system: You are a helpful assistant.
user:
Analyze the provided spectrum to determine if it is a **Carbon Star (C-type)**.

- **Key Visual Indicators of Carbon Star:**
    - **(Primary):** Strong molecular absorption from **C₂ (diatomic carbon) "Swan Bands."** This is the **defining feature** of a carbon star.
        - **(Key Bandheads):** Sharp absorption edges are visible at approximately $5635$ Å, $5165$ Å (the strongest band), and $4737$ Å.
        - **(Line Profile):** Creates a distinct **"saw-tooth"** pattern. The key morphology is a sharp, steep bandhead on the **red (long-wavelength) side**, which then gradually tapers off (i.e., flux recovers) towards the **blue (short-wavelength) side**. *(This is the direct opposite of the TiO bands seen in M-type stars)*.

    - **(Secondary):** Intense **CN (cyanogen)** molecular absorption bands.
        - **(Key Bandheads):** Located in the blue and violet regions of the spectrum (e.g., near $4215$ Å and $3883$ Å).
        - **(Morphology):** These bands are extremely broad and act as a "blanket," absorbing the vast majority of blue and violet light. This creates a characteristic **"cliff"** or **"steep drop-off"** in the spectrum's flux at short wavelengths.

    - **(Key Confirmation):** Strong **CH absorption band (G-band)**.
        - **(Key Bandhead):** Located around $4300$ Å. The contribution from CH molecules to this band is exceptionally strong.

    - **(Overall Spectrum):**
        - The continuum is severely "chopped up" by these deep molecular bands, especially C₂, rather than appearing as a smooth curve.
        - Due to the heavy CN and C₂ absorption in the blue-green, the vast majority of the star's flux is concentrated in the red part of the spectrum, giving the star its characteristic deep red color.

Think first, call **spectral_visualization_tool** if needed to examine features in detail, then provide your final answer. Your response must adhere to the following strict rules:
1.  **Overall Structure:** Your response must follow the format `<think>...</think> <tool_call>...</tool_call> (if a tool is used) <answer>...</answer>`.
2.  **Tool Usage Constraint:** You may only make **one** tool call per turn.
3.  **Final Answer Format:** In the `<answer>` tag, your conclusion must be inside a `\boxed{}` command (e.g., `\boxed{YES}`), followed by your justification.

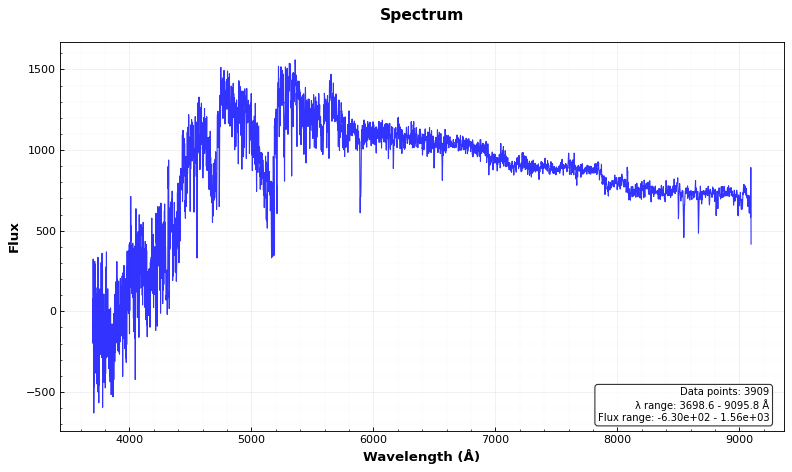
Answer: YES